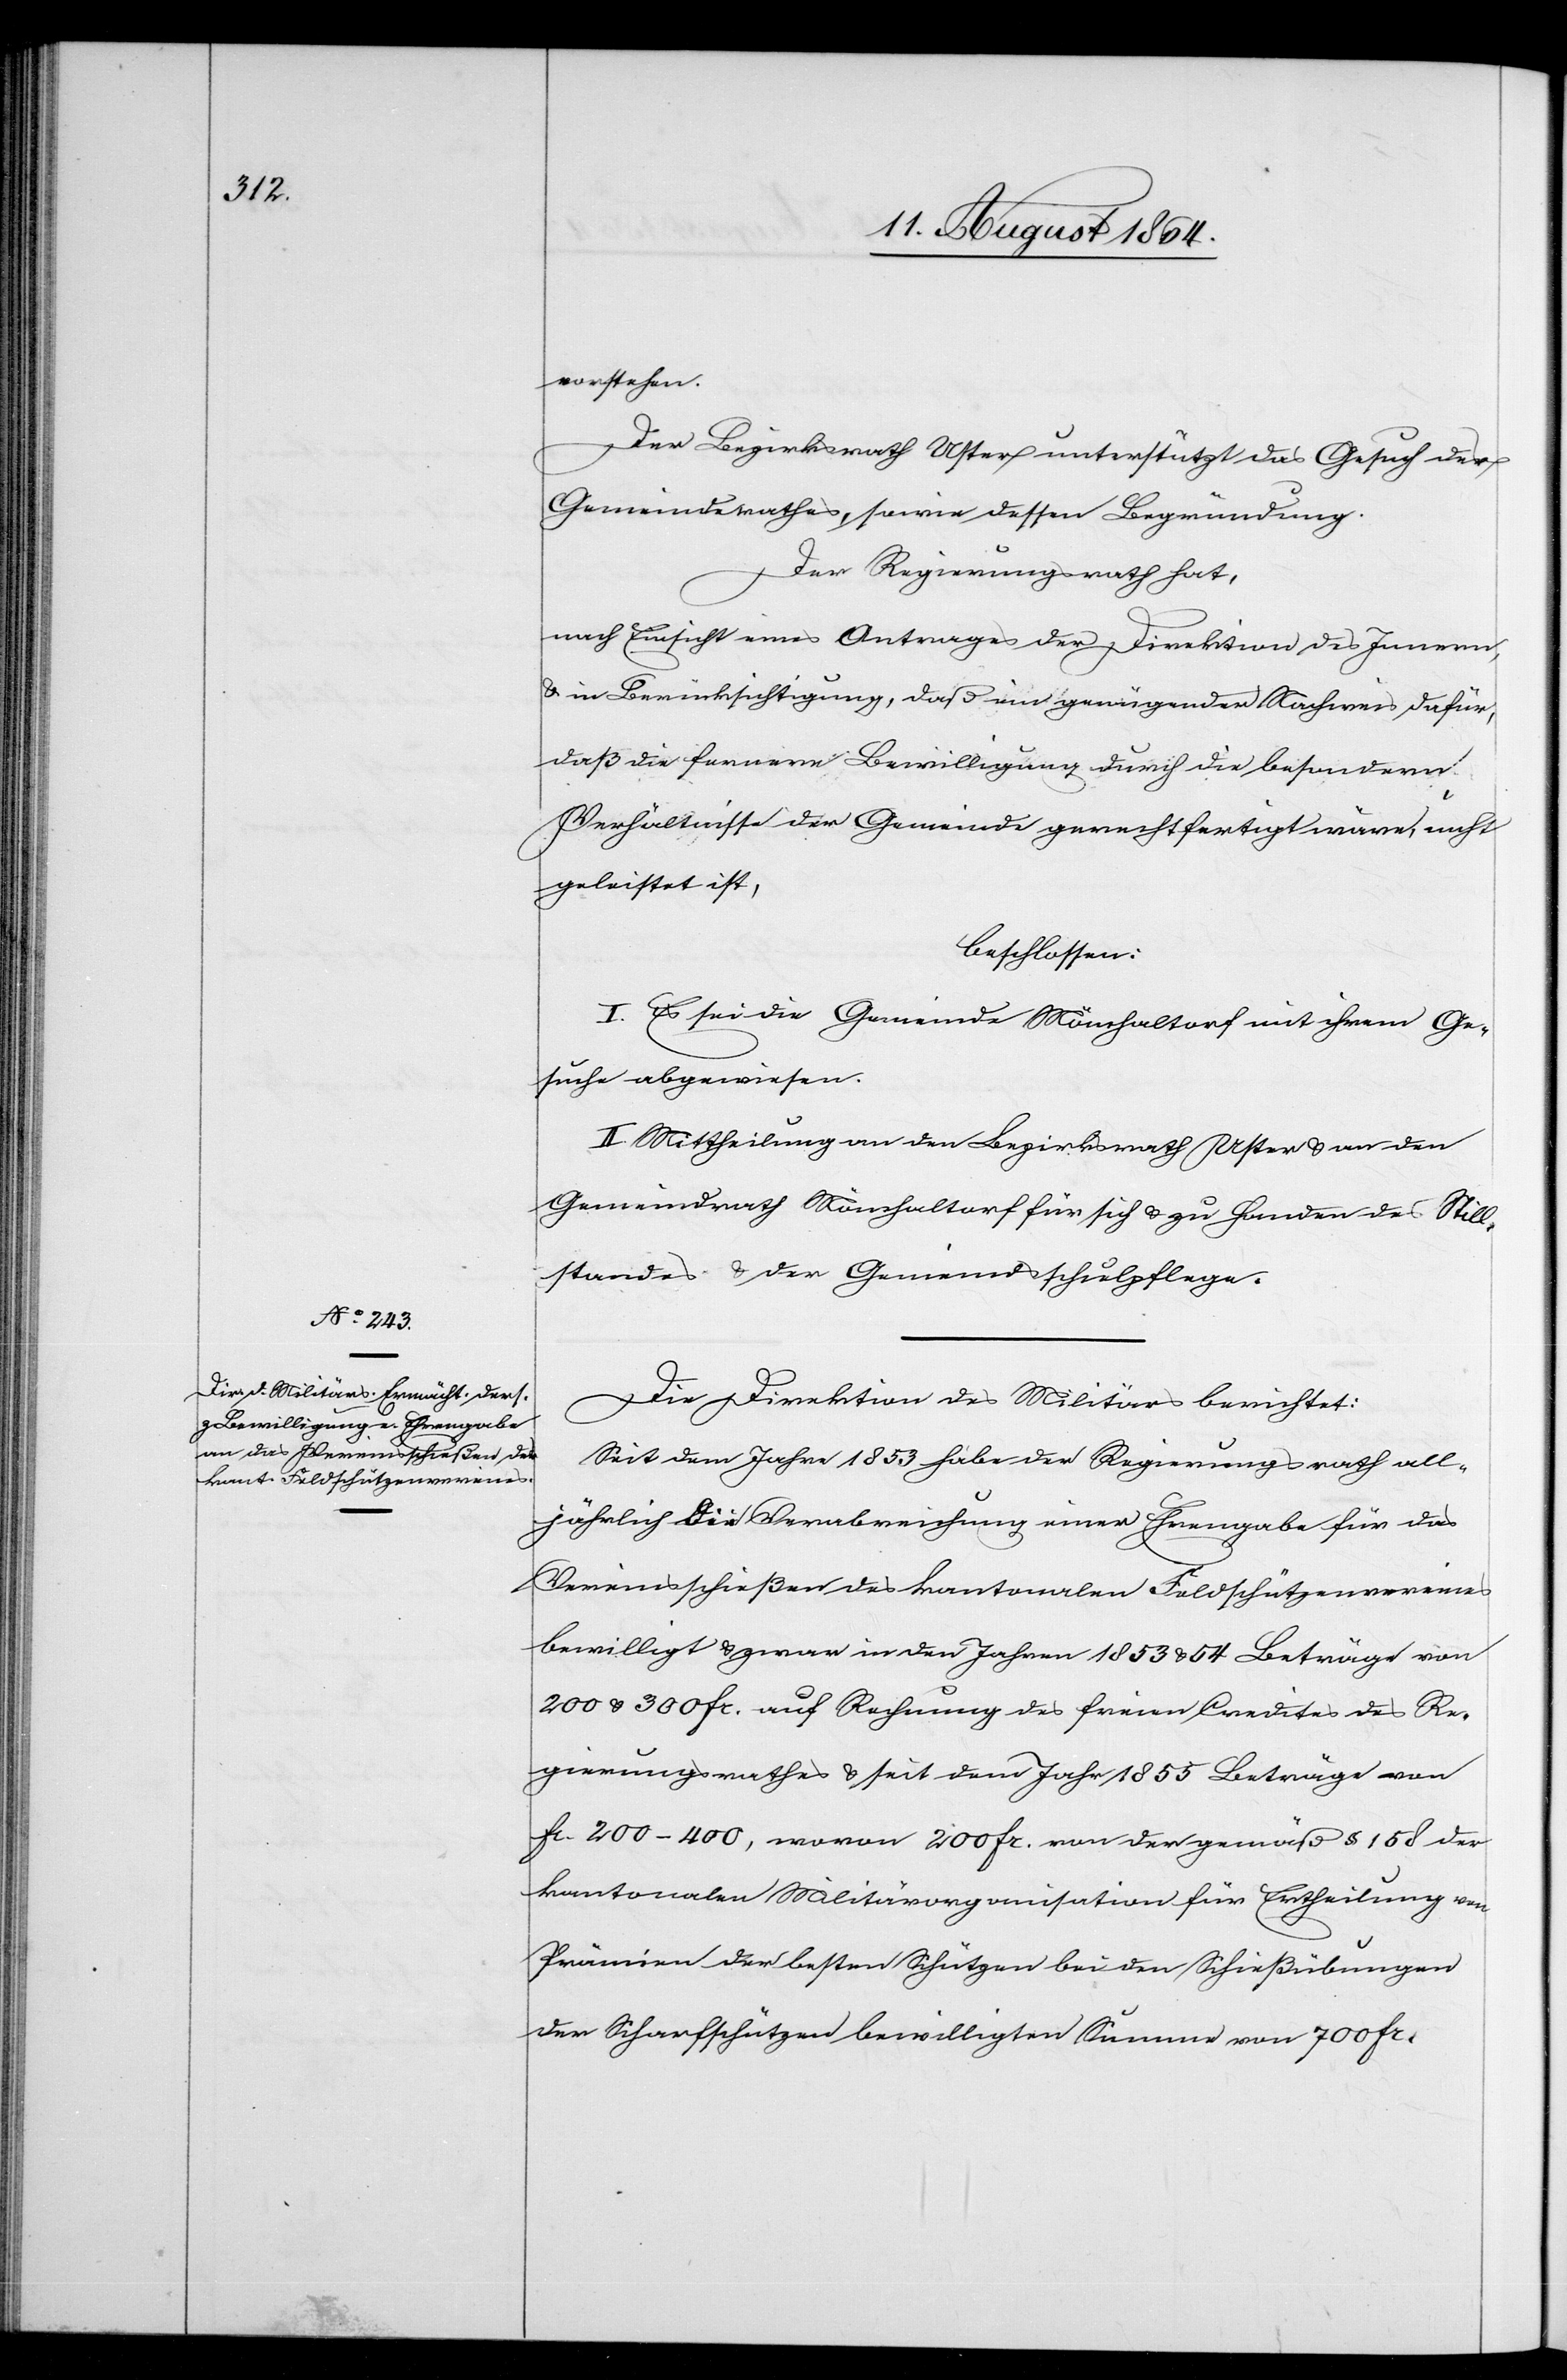
vorstehen.
Der Bezirksrath Uster unterstützt das Gesuch des
Gemeindrathes, sowie dessen Begründung.
Der Regierungsrath hat,
nach Einsicht eines Antrages der Direktion des Innern,
& in Berücksichtigung, daß ein genügender Nachweis dafür,
daß die fernere Bewilligung durch die bestehenden
Verhältnisse der Gemeinde gerechtfertigt wäre, nicht
geleistet ist,
beschlossen:
I. Es sei die Gemeinde Mönchaltorf mit ihrem Ge¬
suche abgewiesen.
II. Mittheilung an den Bezirksrath Uster & an den
Gemeindrath Mönchaltorf für sich & zu Handen des Still¬
standes & der Gemeindsschulpflege.
Die Direktion des Militärs berichtet:
Mit dem Jahr 1853 habe der Regierungsrath all¬
jährlich die Verabreichung einer Ehrengabe für das
Vereinsschießen des kantonalen Feldschützenvereines
bewilligt & zwar in den Jahren 1853 & 54 Beträge von
200 & 300 Fr. auf Rechnung des freien Credites des Re¬
gierungsrathes & seit dem Jahr 1855 Beträge von
kantonalen Militärorganisation für Ertheilung von
Prämien der besten Schützen bei den Schießübungen
der Scharfschützen bewilligten Summe von 700 Fr.